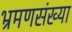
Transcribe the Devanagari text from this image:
भ्रमणसंख्या